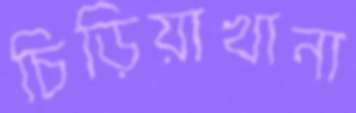
চিড়িয়াখানা